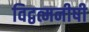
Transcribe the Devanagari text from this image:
विद्वत्मनीषी